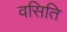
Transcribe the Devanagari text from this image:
वसिति